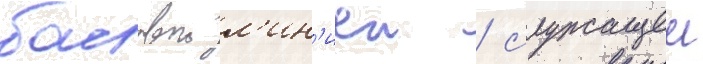
басовои л'ин'иеи / служащеи